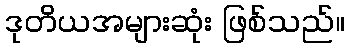
ဒုတိယအများဆုံး ဖြစ်သည်။